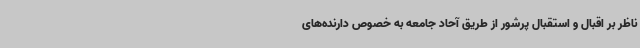
ناظر بر اقبال و استقبال پرشور از طریق آحاد جامعه به خصوص دارنده‌های